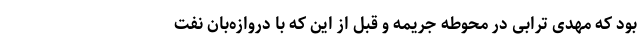
بود که مهدی ترابی در محوطه جریمه و قبل از این که با دروازه‌بان نفت